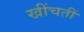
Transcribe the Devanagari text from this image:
खींचतीं